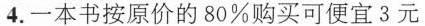
4.一本书按原价的80%购买可便宜3元